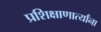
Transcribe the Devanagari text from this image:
प्रशिक्षाणार्त्यांना